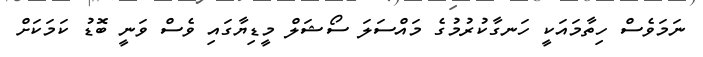
ނަމަވެސް ހިތާމައަކީ ހަނގާކުރުމުގެ މައްސަލަ ސޯޝަލް މީޑިޔާގައި ވެސް ވަނީ ބޮޑު ކަމަކަށް